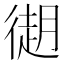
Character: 𢕤